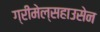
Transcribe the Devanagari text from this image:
ग्रीमेल्सहाउसेन